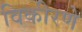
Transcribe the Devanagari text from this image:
विकीरणे